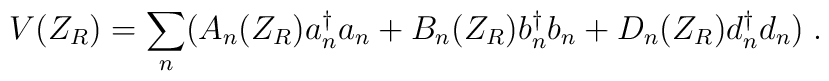
V(Z_R) = {\sum_n} ( A_n (Z_R) a{_n ^\dagger} a_n + B_n (Z_R) b{_n^\dagger} b_n + D_n (Z_R) d{_n ^\dagger} d_n )\; .